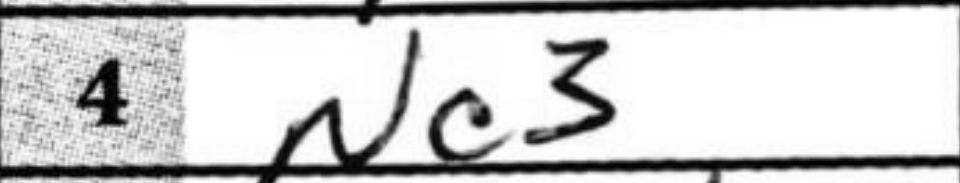
Transcription: Nc3